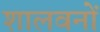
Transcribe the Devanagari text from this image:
शालवनों